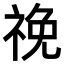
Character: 𥙵